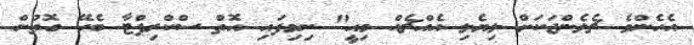
އެހެންވެ ޗެލެންޖަކަށް ލިޔެލި އެއްޗެއް މިއީ" ނިމިފައި އޮތް ސްކްރިޕްޓާ ބެހޭ ގޮތުން